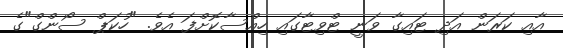
އާއި ކަރަން އަދި ޓައިގާ ވަނީ ޓްވިޓާގައި ހިއްސާކޮށްފަ އެވެ. "ހުކަޕް ސޯންގް"ގެ